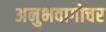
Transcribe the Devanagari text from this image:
अनुभवागोचर